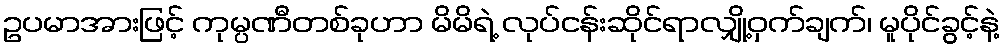
ဥပမာအားဖြင့် ကုမ္ပဏီတစ်ခုဟာ မိမိရဲ့ လုပ်ငန်းဆိုင်ရာလျှို့ဝှက်ချက်၊ မူပိုင်ခွင့်နဲ့